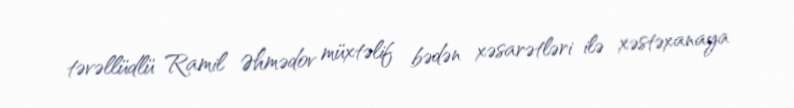
təvəllüdlü Ramil Əhmədov müxtəlif bədən xəsarətləri ilə xəstəxanaya